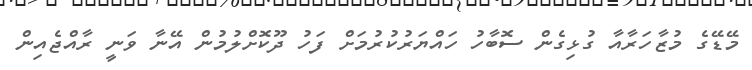
މޭޑޭގެ މުޒާހަރާއާ ގުޅިގެން ސޮބާހު ހައްޔަރުކުރުމަށް ފަހު ދޫކޮށްލުމުން އޭނާ ވަނީ ރާއްޖެއިން